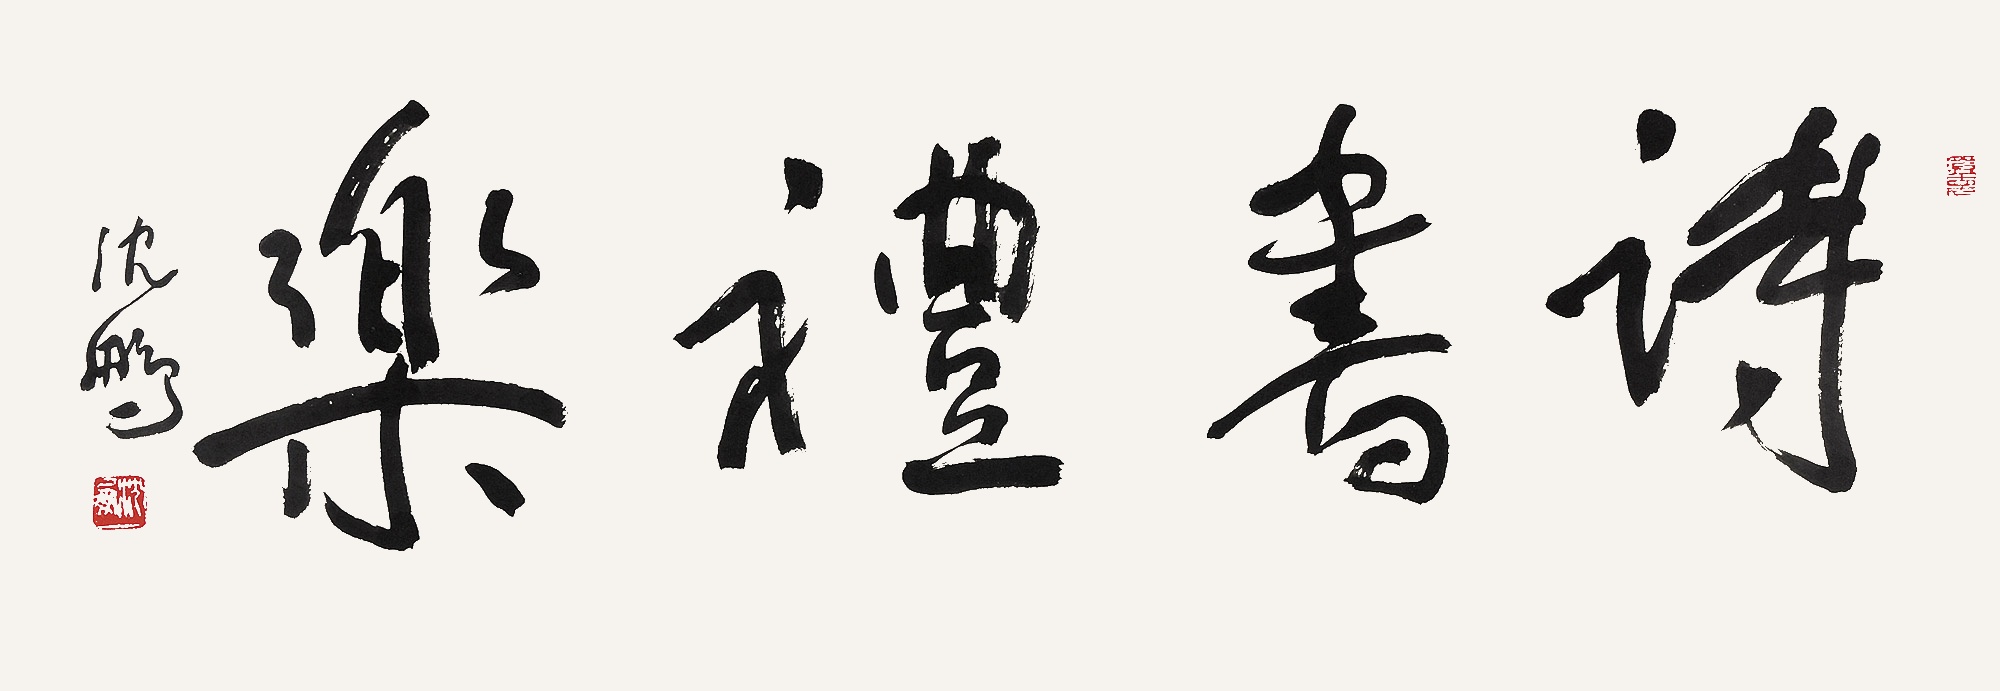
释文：诗书礼乐。沈鹏。